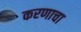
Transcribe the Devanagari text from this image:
करणाचा